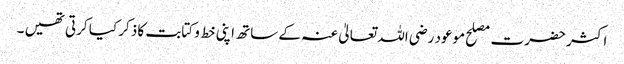
اکثر حضرت مصلح موعود رضی اللہ تعالیٰ عنہ کے ساتھ اپنی خط و کتابت کا ذکر کیا کرتی تھیں ۔